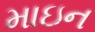
માઇન